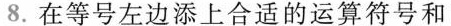
8.在等号左边添上合适的运算符号和